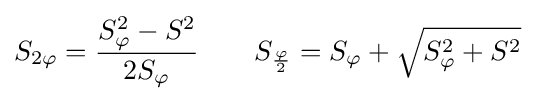
S_{2\varphi }={\frac {S_{\varphi }^{2}-S^{2}}{2S_{\varphi }}}\quad \quad S_{\frac {\varphi }{2}}=S_{\varphi }+{\sqrt {S_{\varphi }^{2}+S^{2}}}